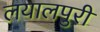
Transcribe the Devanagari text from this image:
लयालपुरी